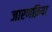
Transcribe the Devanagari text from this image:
जारणक्रिया